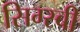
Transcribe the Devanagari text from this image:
सिग्स्बी